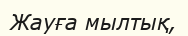
Жауға мылтық,